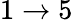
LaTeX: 1\to 5